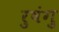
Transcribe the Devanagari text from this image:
रुषंगु